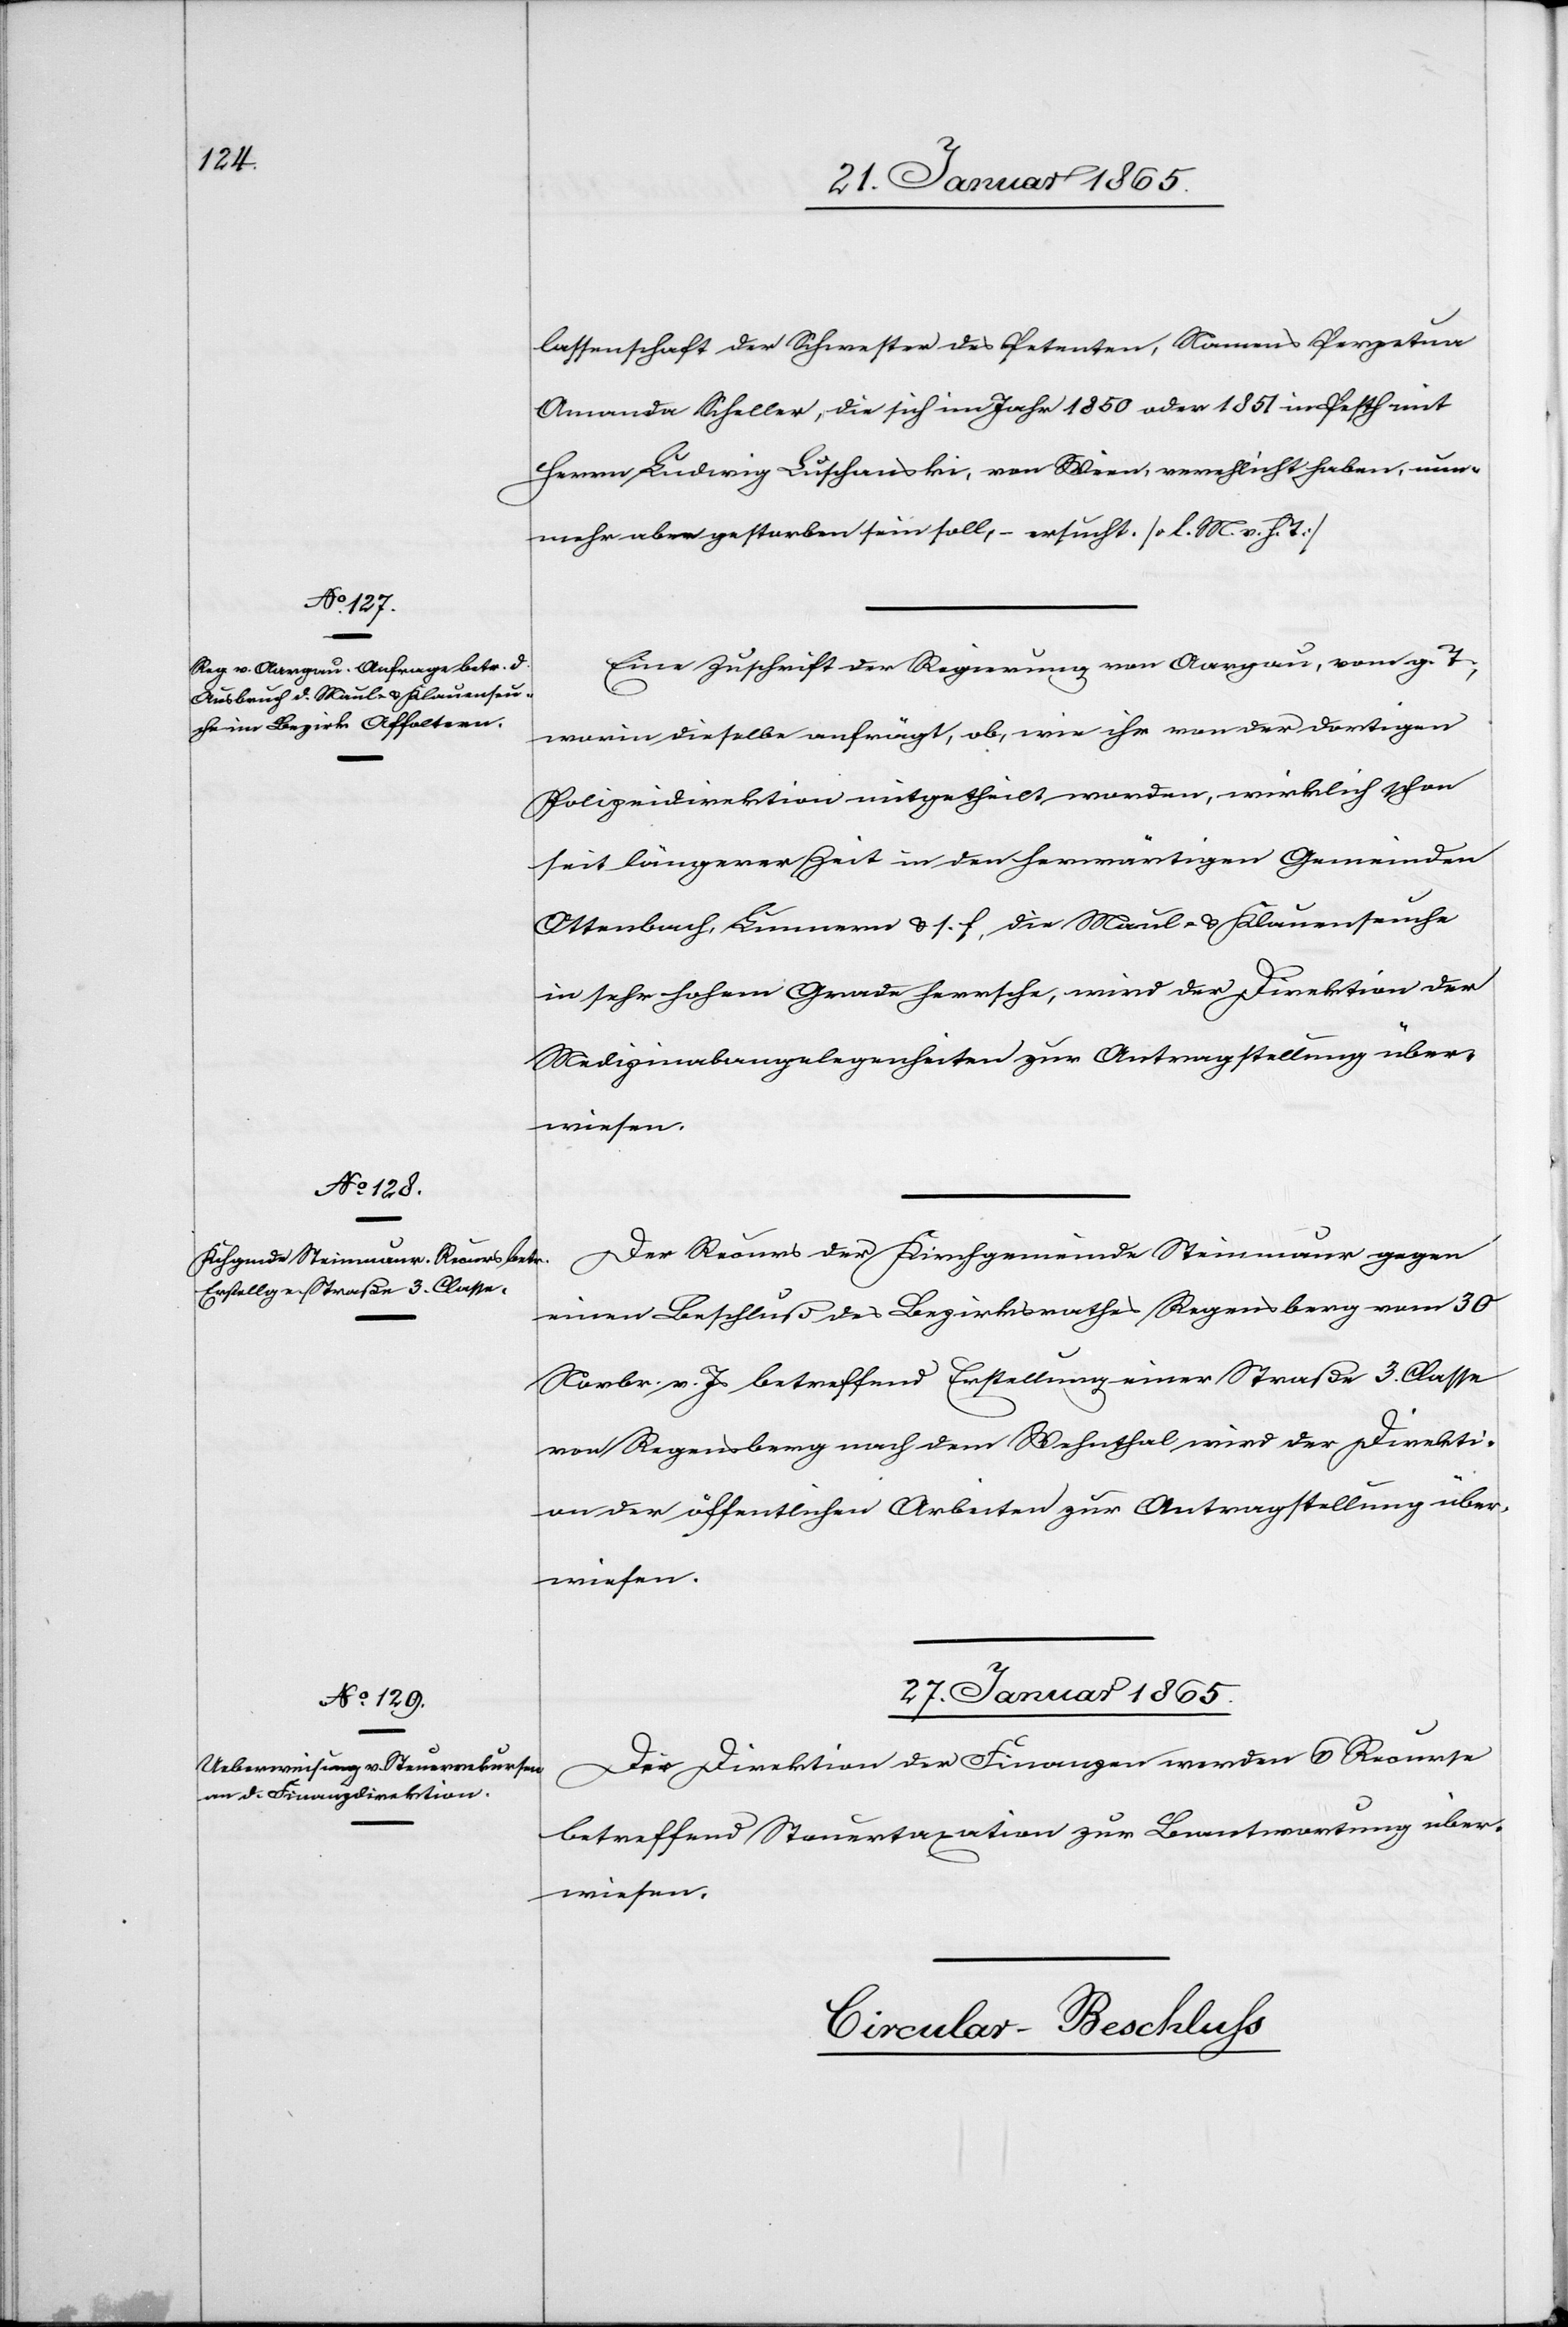
26. Januar 1865.]
lassenschaft der Schwester des Petenten, Namens Perpetua
Amanda Scheller, die sich im Jahr 1850 oder 1851 in Pesth mit
Herrn Ludwig Luschanski, von Wien, verehlicht haben, nun¬
mehr aber gestorben sein soll, – esucht. [l. M. v. h. T]
Eine Zuschrift der Regierung von Aargau, vom g. T.,
worin dieselbe anfrägt, ob, wie ihr von der dortigen
Polizeidirektion mitgetheilt worden, wirklich schon
seit längerer Zeit in den herwärtigen Gemeinden
Ottenbach, Lunnern u. s. f., die Maul- u. Klauenseuche
in sehr hohem Grade herrsche, wird der Direktion der
Medizinalangelegenheiten zur Antragstellung über¬
wiesen.
Der Recurs der Kirchgemeinde Steinmaur gegen
einen Beschluß des Bezirksrathes Regensberg vom 30
Novbr. v. Js betreffend Erstellung einer Straße 3. Classe
von Regensberg nach dem Wehnthal wird der Direkti¬
on der öffentlichen Arbeiten zur Antragstellung über¬
wiesen.
27. Januar 1865.
Der Direktion der Finanzen werden 6 Recurse
betreffend Steuertaxation zur Beantwortung über¬
wiesen.
Circular-Beschluß